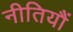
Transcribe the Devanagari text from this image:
नीतियौं